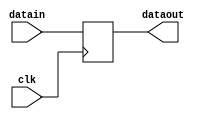
module reg5(
        input clk,  //
        input [4:0] datain,
        output reg[4:0] dataout
    );
    initial begin
        dataout = 0;
    end
    always @(negedge clk) begin
        dataout <= datain;
    end
endmodule